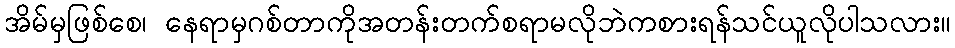
အိမ်မှဖြစ်စေ၊ နေရာမှဂစ်တာကိုအတန်းတက်စရာမလိုဘဲကစားရန်သင်ယူလိုပါသလား။